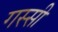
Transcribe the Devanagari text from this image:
गस्सी